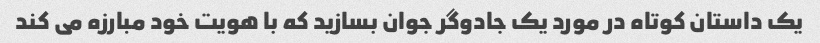
یک داستان کوتاه در مورد یک جادوگر جوان بسازید که با هویت خود مبارزه می کند